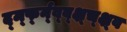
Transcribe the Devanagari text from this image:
र्द्म्फ्न्व्ब्क्ष्च्क्ष्व